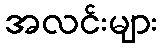
အလင်းများ